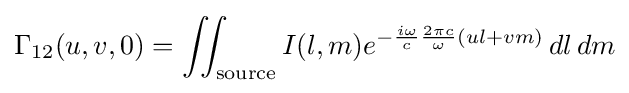
\Gamma _{12}(u,v,0)=\iint _{\textrm {source}}I(l,m)e^{-{\frac {i\omega }{c}}{\frac {2\pi c}{\omega }}(ul+vm)}\,dl\,dm